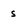
Character: s